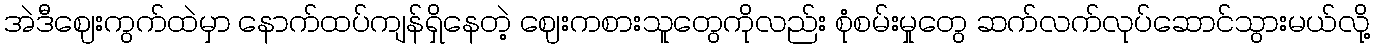
အဲဒီဈေးကွက်ထဲမှာ နောက်ထပ်ကျန်ရှိနေတဲ့ ဈေးကစားသူတွေကိုလည်း စုံစမ်းမှုတွေ ဆက်လက်လုပ်ဆောင်သွားမယ်လို့